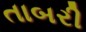
તાબરી